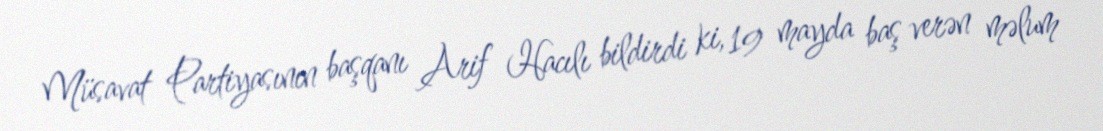
Müsavat Partiyasının başqanı Arif Hacılı bildirdi ki, 19 mayda baş verən məlum